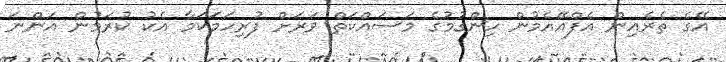
އޭގެ ތެރެއިން އެފްއޭއެމުން ހިންގުމުގެ މަސައްކަތް ވަރަށް ފުރިހަމަކަމާ އެކު ކުރަމުން އަންނަ